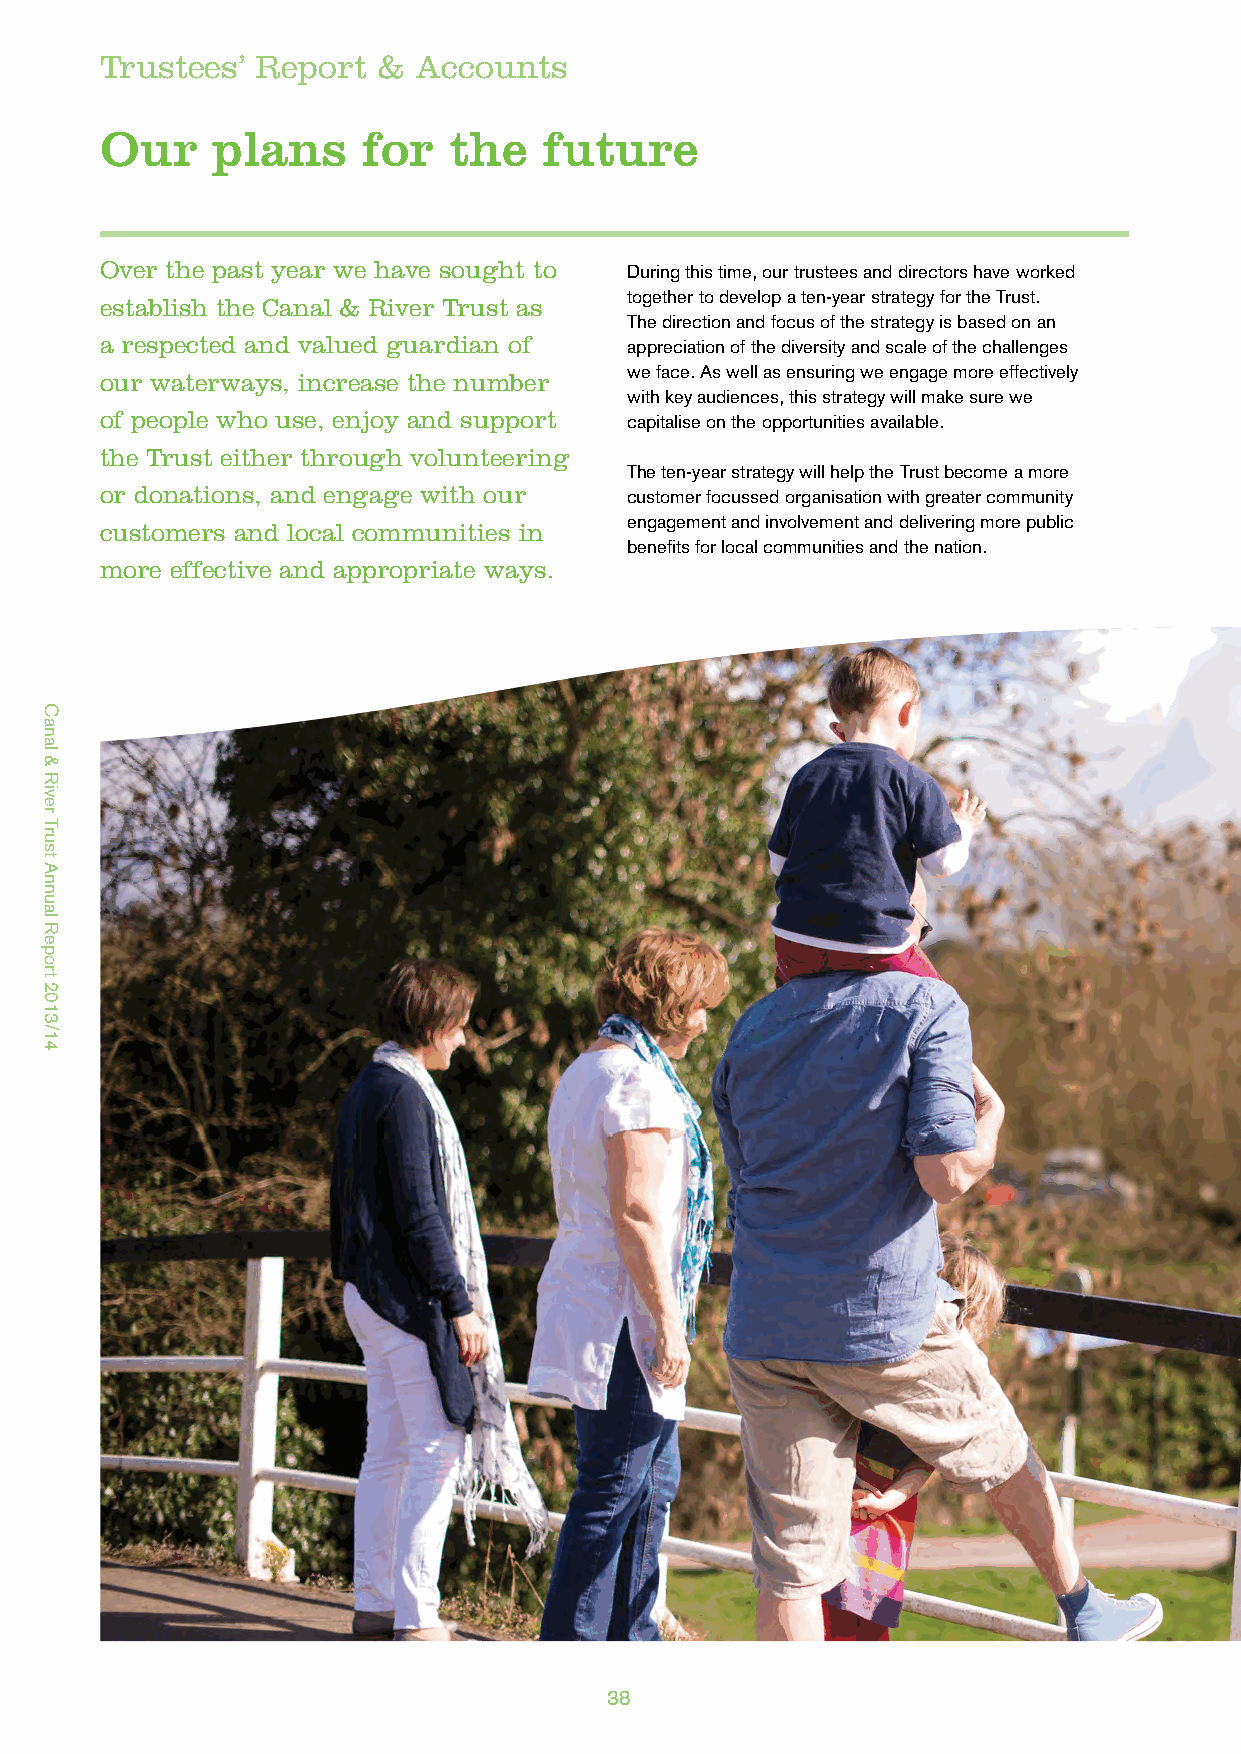
Trustees’ Report  &  Accounts
 Our    plans     for   the   future
 Over the past year we have sought to During this time, our trustees and directors have worked
 together to develop a ten-year strategy for the Trust.
 establish the Canal & River Trust as
 The direction and focus of the strategy is based on an
 a respected and valued guardian of appreciation of the diversity and scale of the challenges
 we face. As well as ensuring we engage more effectively
 our waterways, increase the number
 with key audiences, this strategy will make sure we
 of people who use, enjoy and support capitalise on the opportunities available.
 the Trust either through volunteering
 The ten-year strategy will help the Trust become a more
 or donations, and engage with our customer focussed organisation with greater community
 engagement and involvement and delivering more public
 customers and local communities in
 benefits for local communities and the nation.
 more effective and appropriate ways.
 38
 Canal
 &
 River
 Trust
 Annual
 Report
 2013/14